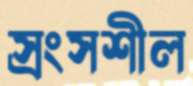
স্রংসশীল